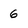
Character: 6